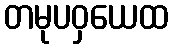
တမုပဝှယေထ